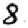
Digit: 8